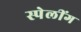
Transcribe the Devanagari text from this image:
स्पेलींग